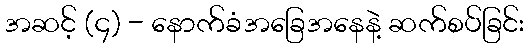
အဆင့် (၄) - နောက်ခံအခြေအနေနဲ့ ဆက်စပ်ခြင်း